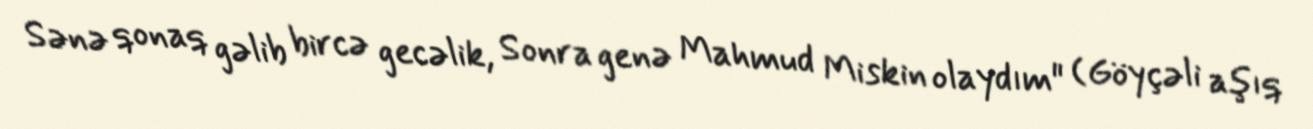
Sənə qonaq gəlib bircə gecəlik, Sonra genə Mahmud Miskin olaydım" (Göyçəli aşıq